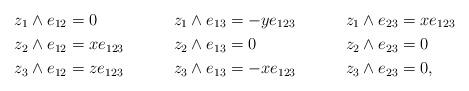
LaTeX: \begin{align*} z_1\wedge e_{12} &= 0& z_1\wedge e_{13} &= -ye_{123}& z_1\wedge e_{23} &= xe_{123} \\ z_2\wedge e_{12} &= xe_{123}& z_2\wedge e_{13} &= 0& z_2\wedge e_{23} &= 0 \\ z_3\wedge e_{12} &= ze_{123}& z_3\wedge e_{13} &= -xe_{123}& z_3\wedge e_{23} &= 0,\end{align*}